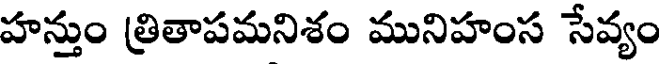
హన్తుం త్రితాపమనిశం మునిహంస సేవ్యం